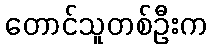
တောင်သူတစ်ဦးက